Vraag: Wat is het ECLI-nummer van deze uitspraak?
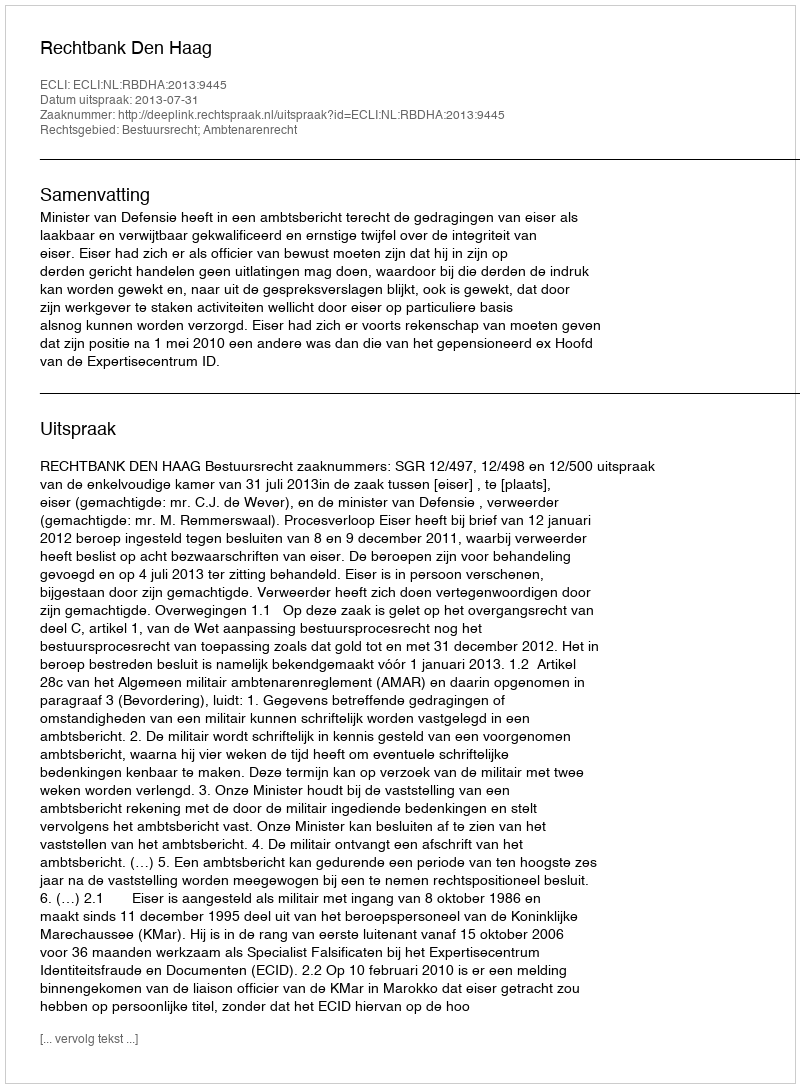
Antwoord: ECLI:NL:RBDHA:2013:9445